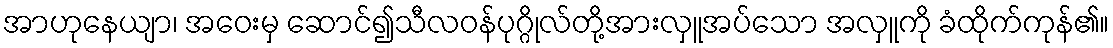
အာဟုနေယျာ၊ အဝေးမှ ဆောင်၍သီလဝန်ပုဂ္ဂိုလ်တို့အားလှူအပ်သော အလှူကို ခံထိုက်ကုန်၏။